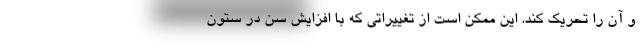
و آن را تحریک کند. این ممکن است از تغییراتی که با افزایش سن در ستون